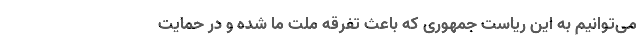
می‌توانیم به این ریاست جمهوری که باعث تفرقه ملت ما شده و در حمایت